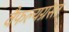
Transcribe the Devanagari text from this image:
वैफल्यग्रस्त